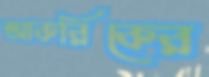
আকরিকের